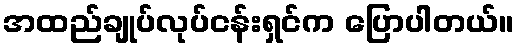
အထည်ချုပ်လုပ်ငန်းရှင်က ပြောပါတယ်။